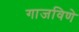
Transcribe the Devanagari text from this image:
गाजविणे